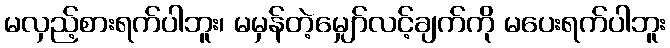
မလှည့်စားရက်ပါဘူး၊ မမှန်တဲ့မျှော်လင့်ချက်ကို မပေးရက်ပါဘူး